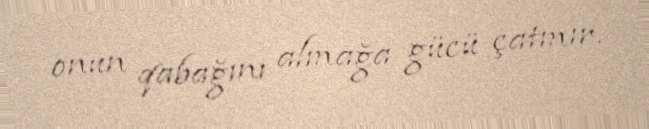
onun qabağını almağa gücü çatmır.